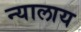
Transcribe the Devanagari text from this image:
न्यालाय